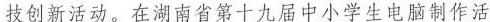
技创新活动。在湖南省第十九届中小学生电脑制作活